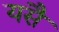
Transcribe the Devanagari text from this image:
यसै